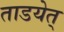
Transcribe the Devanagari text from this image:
ताडयेत्